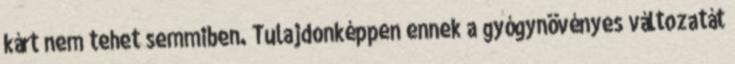
kárt nem tehet semmiben. Tulajdonképpen ennek a gyógynövényes változatát